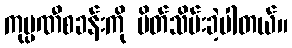
ကုမ္ပဏီစခန်းကို ပိတ်သိမ်းခဲ့ပါတယ်။